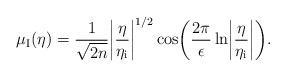
LaTeX: \begin{align*}\mu _{\rm I}(\eta )=\frac{1}{\sqrt{2n}}\biggl\vert \frac{\eta }{\eta _{\rm i}}\biggr \vert ^{1/2}\cos \biggl(\frac{2\pi }{\epsilon }\ln \biggl\vert \frac{\eta }{\eta _{\rm i}}\biggr \vert \biggr).\end{align*}